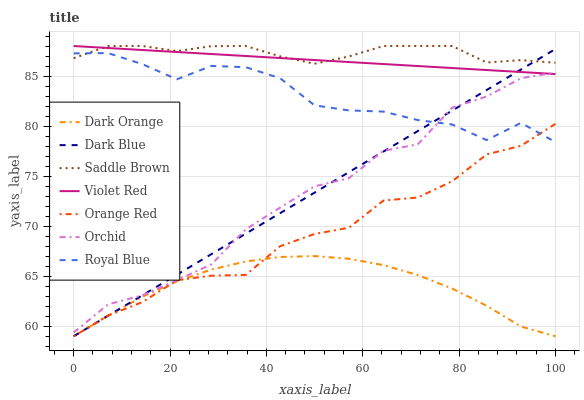
| xaxis_label | Dark Orange | Dark Blue | Saddle Brown | Violet Red | Orange Red | Orchid | Royal Blue |
 | --- | --- | --- | --- | --- | --- | --- | --- |
 | 0 | 59 | 59 | 86.8 | 88 | 59 | 59.4 | 87.3 |
 | 7.14 | 61.1 | 61 | 88 | 87.8 | 61.1 | 62.2 | 87.3 |
 | 14.3 | 63 | 63.1 | 88 | 87.6 | 62.4 | 63.1 | 86.2 |
 | 21.4 | 64.5 | 65.1 | 87.5 | 87.4 | 64.6 | 64.6 | 84.7 |
 | 28.6 | 65.7 | 67.2 | 88 | 87.2 | 65.1 | 66.2 | 86 |
 | 35.7 | 66.5 | 69.2 | 88 | 87 | 65.1 | 69.7 | 85.9 |
 | 42.9 | 66.9 | 71.3 | 87 | 86.8 | 68 | 71.9 | 84.8 |
 | 50 | 67 | 73.3 | 86.2 | 86.6 | 69.2 | 74 | 82.1 |
 | 57.1 | 66.7 | 75.4 | 87 | 86.4 | 69.8 | 74.8 | 81.6 |
 | 64.3 | 66.1 | 77.4 | 88 | 86.2 | 72.6 | 77.5 | 81.4 |
 | 71.4 | 65.1 | 79.5 | 88 | 86 | 72.9 | 78.2 | 80.6 |
 | 78.6 | 63.8 | 81.5 | 88 | 85.8 | 74.5 | 81.8 | 80.2 |
 | 85.7 | 62 | 83.6 | 86.3 | 85.6 | 77.2 | 83 | 78.6 |
 | 92.9 | 60 | 85.6 | 86.6 | 85.4 | 78 | 84.8 | 80.3 |
 | 100 | 59 | 87.7 | 86.3 | 85.2 | 80.2 | 85.4 | 78.4 |